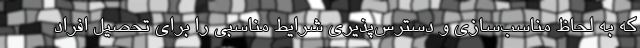
که به لحاظ مناسب‌سازی و دسترس‌پذیری شرایط مناسبی را برای تحصیل افراد